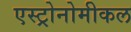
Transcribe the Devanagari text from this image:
एस्ट्रोनोमीकल